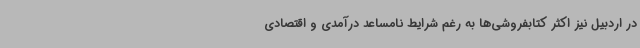
در اردبیل نیز اکثر کتابفروشی‌ها به رغم شرایط نامساعد درآمدی و اقتصادی